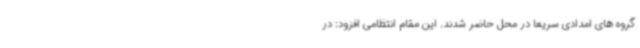
گروه های امدادی سریعا در محل حاضر شدند. این مقام انتظامی افزود: در